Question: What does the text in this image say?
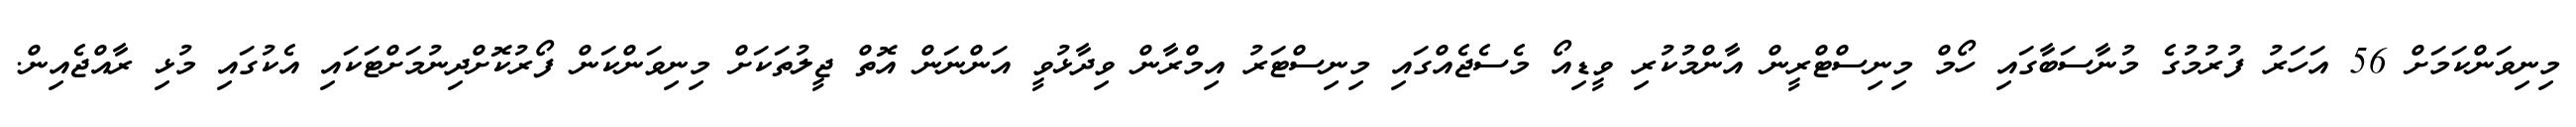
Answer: މިނިވަންކަމަށް 56 އަހަރު ފުރުމުގެ މުނާސަބާގައި ހޯމް މިނިސްޓްރީން އާންމުކުރި ވީޑިއޯ މެސެޖެއްގައި މިނިސްޓަރު އިމްރާން ވިދާޅުވީ އަންނަން އޮތް ޖީލުތަކަށް މިނިވަންކަން ފޯރުކޮށްދިނުމަށްޓަކައި އެކުގައި މުޅި ރާއްޖެއިން.